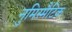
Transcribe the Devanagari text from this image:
नुमिस्मैटिक